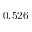
0 . 5 2 6